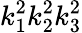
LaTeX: k_{1}^{2}k_{2}^{2}k_{3}^{2}